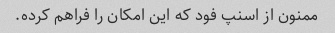
ممنون از اسنپ فود که این امکان را فراهم کرده.